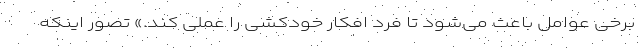
برخی عوامل باعث می‌شود تا فرد افکار خودکشی را عملی کند.» تصور اینکه